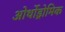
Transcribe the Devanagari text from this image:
ओर्थोड्रोमिक